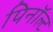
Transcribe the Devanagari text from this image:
पिनॉल्ट